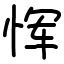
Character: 恽